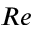
R e